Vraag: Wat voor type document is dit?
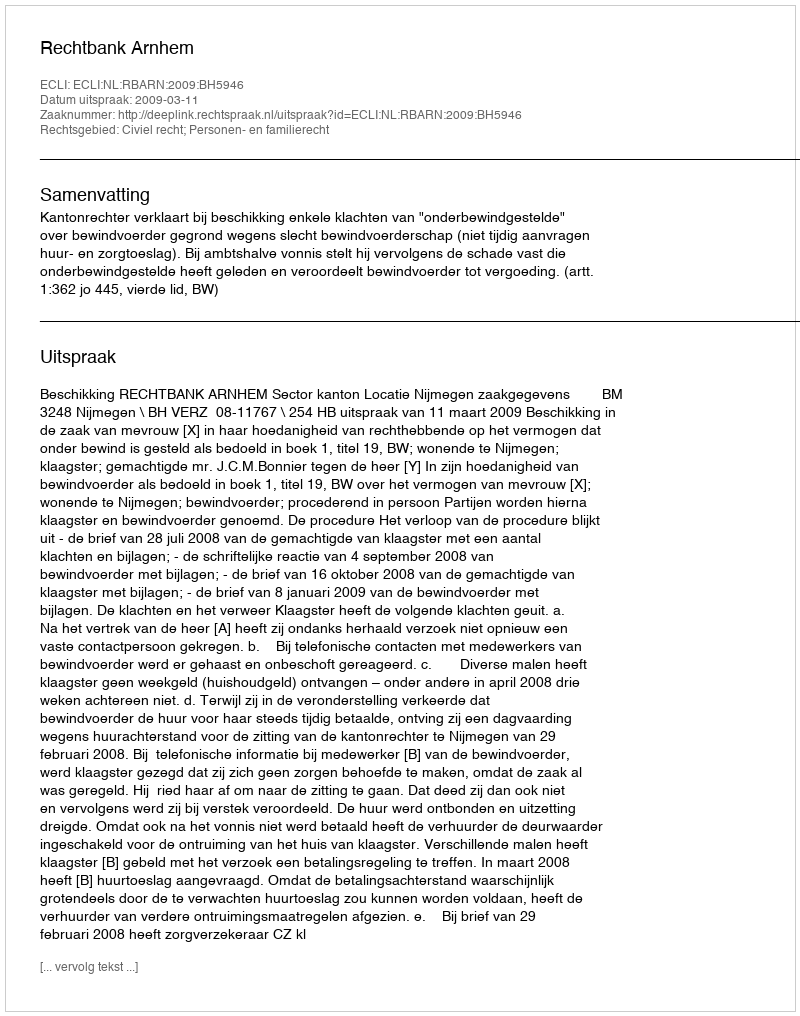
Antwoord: Uitspraak